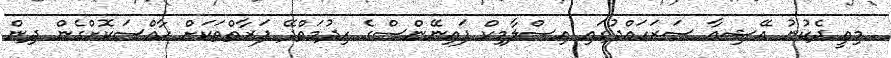
މިއީ ދެކުނު އޭޝިއާ ސަރަހައްދުގައި އިސްލާމިކް ފައިނޭންސްގެ ހިދުމަތްދޭ ފަރާތްތަކަށް ހާއްސަކޮށްގެން ދިން